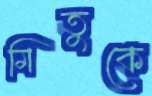
মিতুকে